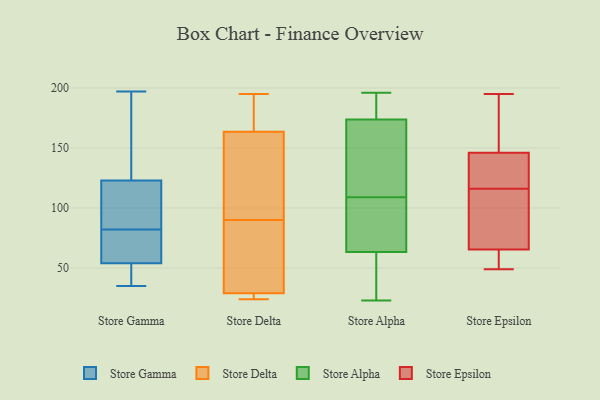
{"axis": {"x": "Website Visitors", "y": "Value"}, "legend": ["Store Alpha", "Store Delta", "Store Epsilon", "Store Gamma"], "data": [{"x": "", "y": 197, "type": "Store Gamma"}, {"x": "", "y": 83, "type": "Store Gamma"}, {"x": "", "y": 47, "type": "Store Gamma"}, {"x": "", "y": 35, "type": "Store Gamma"}, {"x": "", "y": 110, "type": "Store Gamma"}, {"x": "", "y": 81, "type": "Store Gamma"}, {"x": "", "y": 123, "type": "Store Gamma"}, {"x": "", "y": 177, "type": "Store Gamma"}, {"x": "", "y": 54, "type": "Store Gamma"}, {"x": "", "y": 73, "type": "Store Gamma"}, {"x": "", "y": 27, "type": "Store Delta"}, {"x": "", "y": 74, "type": "Store Delta"}, {"x": "", "y": 195, "type": "Store Delta"}, {"x": "", "y": 63, "type": "Store Delta"}, {"x": "", "y": 28, "type": "Store Delta"}, {"x": "", "y": 160, "type": "Store Delta"}, {"x": "", "y": 106, "type": "Store Delta"}, {"x": "", "y": 30, "type": "Store Delta"}, {"x": "", "y": 189, "type": "Store Delta"}, {"x": "", "y": 167, "type": "Store Delta"}, {"x": "", "y": 120, "type": "Store Delta"}, {"x": "", "y": 24, "type": "Store Delta"}, {"x": "", "y": 80, "type": "Store Alpha"}, {"x": "", "y": 191, "type": "Store Alpha"}, {"x": "", "y": 104, "type": "Store Alpha"}, {"x": "", "y": 122, "type": "Store Alpha"}, {"x": "", "y": 24, "type": "Store Alpha"}, {"x": "", "y": 118, "type": "Store Alpha"}, {"x": "", "y": 168, "type": "Store Alpha"}, {"x": "", "y": 192, "type": "Store Alpha"}, {"x": "", "y": 23, "type": "Store Alpha"}, {"x": "", "y": 196, "type": "Store Alpha"}, {"x": "", "y": 76, "type": "Store Alpha"}, {"x": "", "y": 25, "type": "Store Alpha"}, {"x": "", "y": 109, "type": "Store Alpha"}, {"x": "", "y": 64, "type": "Store Epsilon"}, {"x": "", "y": 150, "type": "Store Epsilon"}, {"x": "", "y": 108, "type": "Store Epsilon"}, {"x": "", "y": 63, "type": "Store Epsilon"}, {"x": "", "y": 174, "type": "Store Epsilon"}, {"x": "", "y": 134, "type": "Store Epsilon"}, {"x": "", "y": 49, "type": "Store Epsilon"}, {"x": "", "y": 160, "type": "Store Epsilon"}, {"x": "", "y": 56, "type": "Store Epsilon"}, {"x": "", "y": 128, "type": "Store Epsilon"}, {"x": "", "y": 91, "type": "Store Epsilon"}, {"x": "", "y": 129, "type": "Store Epsilon"}, {"x": "", "y": 195, "type": "Store Epsilon"}, {"x": "", "y": 116, "type": "Store Epsilon"}, {"x": "", "y": 70, "type": "Store Epsilon"}]}